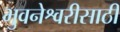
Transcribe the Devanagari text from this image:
भुवनेश्वरीसाठी